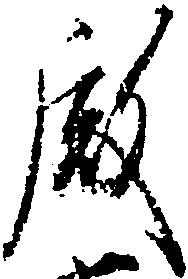
殿